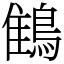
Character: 䳡